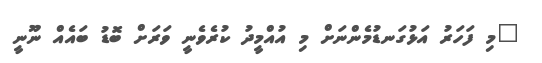
"މި ފަހަރު އަޅުގަނޑުމެންނަށް މި އުއްމީދު ކުރެވެނީ ވަރަށް ބޮޑު ބައެއް ނޫނީ